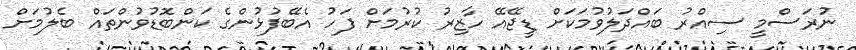
ނުރަސްމީ ސިއްރު ބައްދަލުވުމަކަށް ޑީޖޭއޭ ހާޒިރު ކުރުމަށް ފަހު އެބޭފުޅުންގެ ކަންބޮޑުވުންތައް ބެލުމަށް